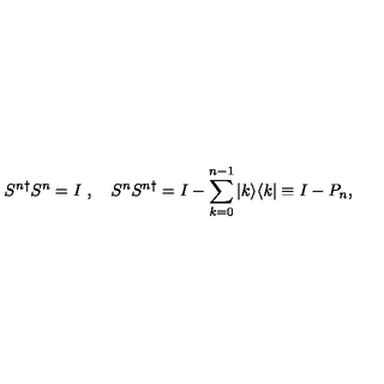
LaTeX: S ^ { n \dagger } S ^ { n } = I \ , \quad S ^ { n } S ^ { n \dagger } = I - \sum _ { k = 0 } ^ { n - 1 } | k \rangle \langle k | \equiv I - P _ { n } ,